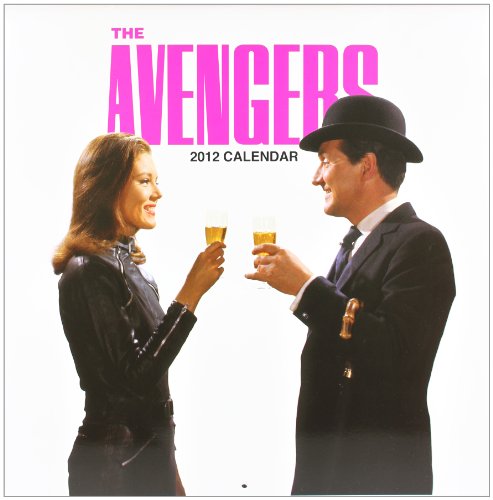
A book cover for The Avengers Calendar 2012; Titan Books; Calendars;